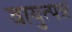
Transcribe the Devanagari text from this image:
वायुत्पन्न